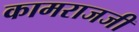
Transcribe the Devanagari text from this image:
कामराजजी